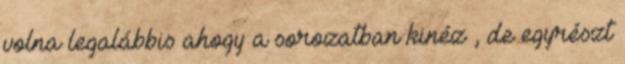
volna legalábbis ahogy a sorozatban kinéz , de egyrészt